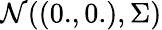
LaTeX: \mathcal{N}((0.,0.),\Sigma)